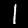
Label: 1